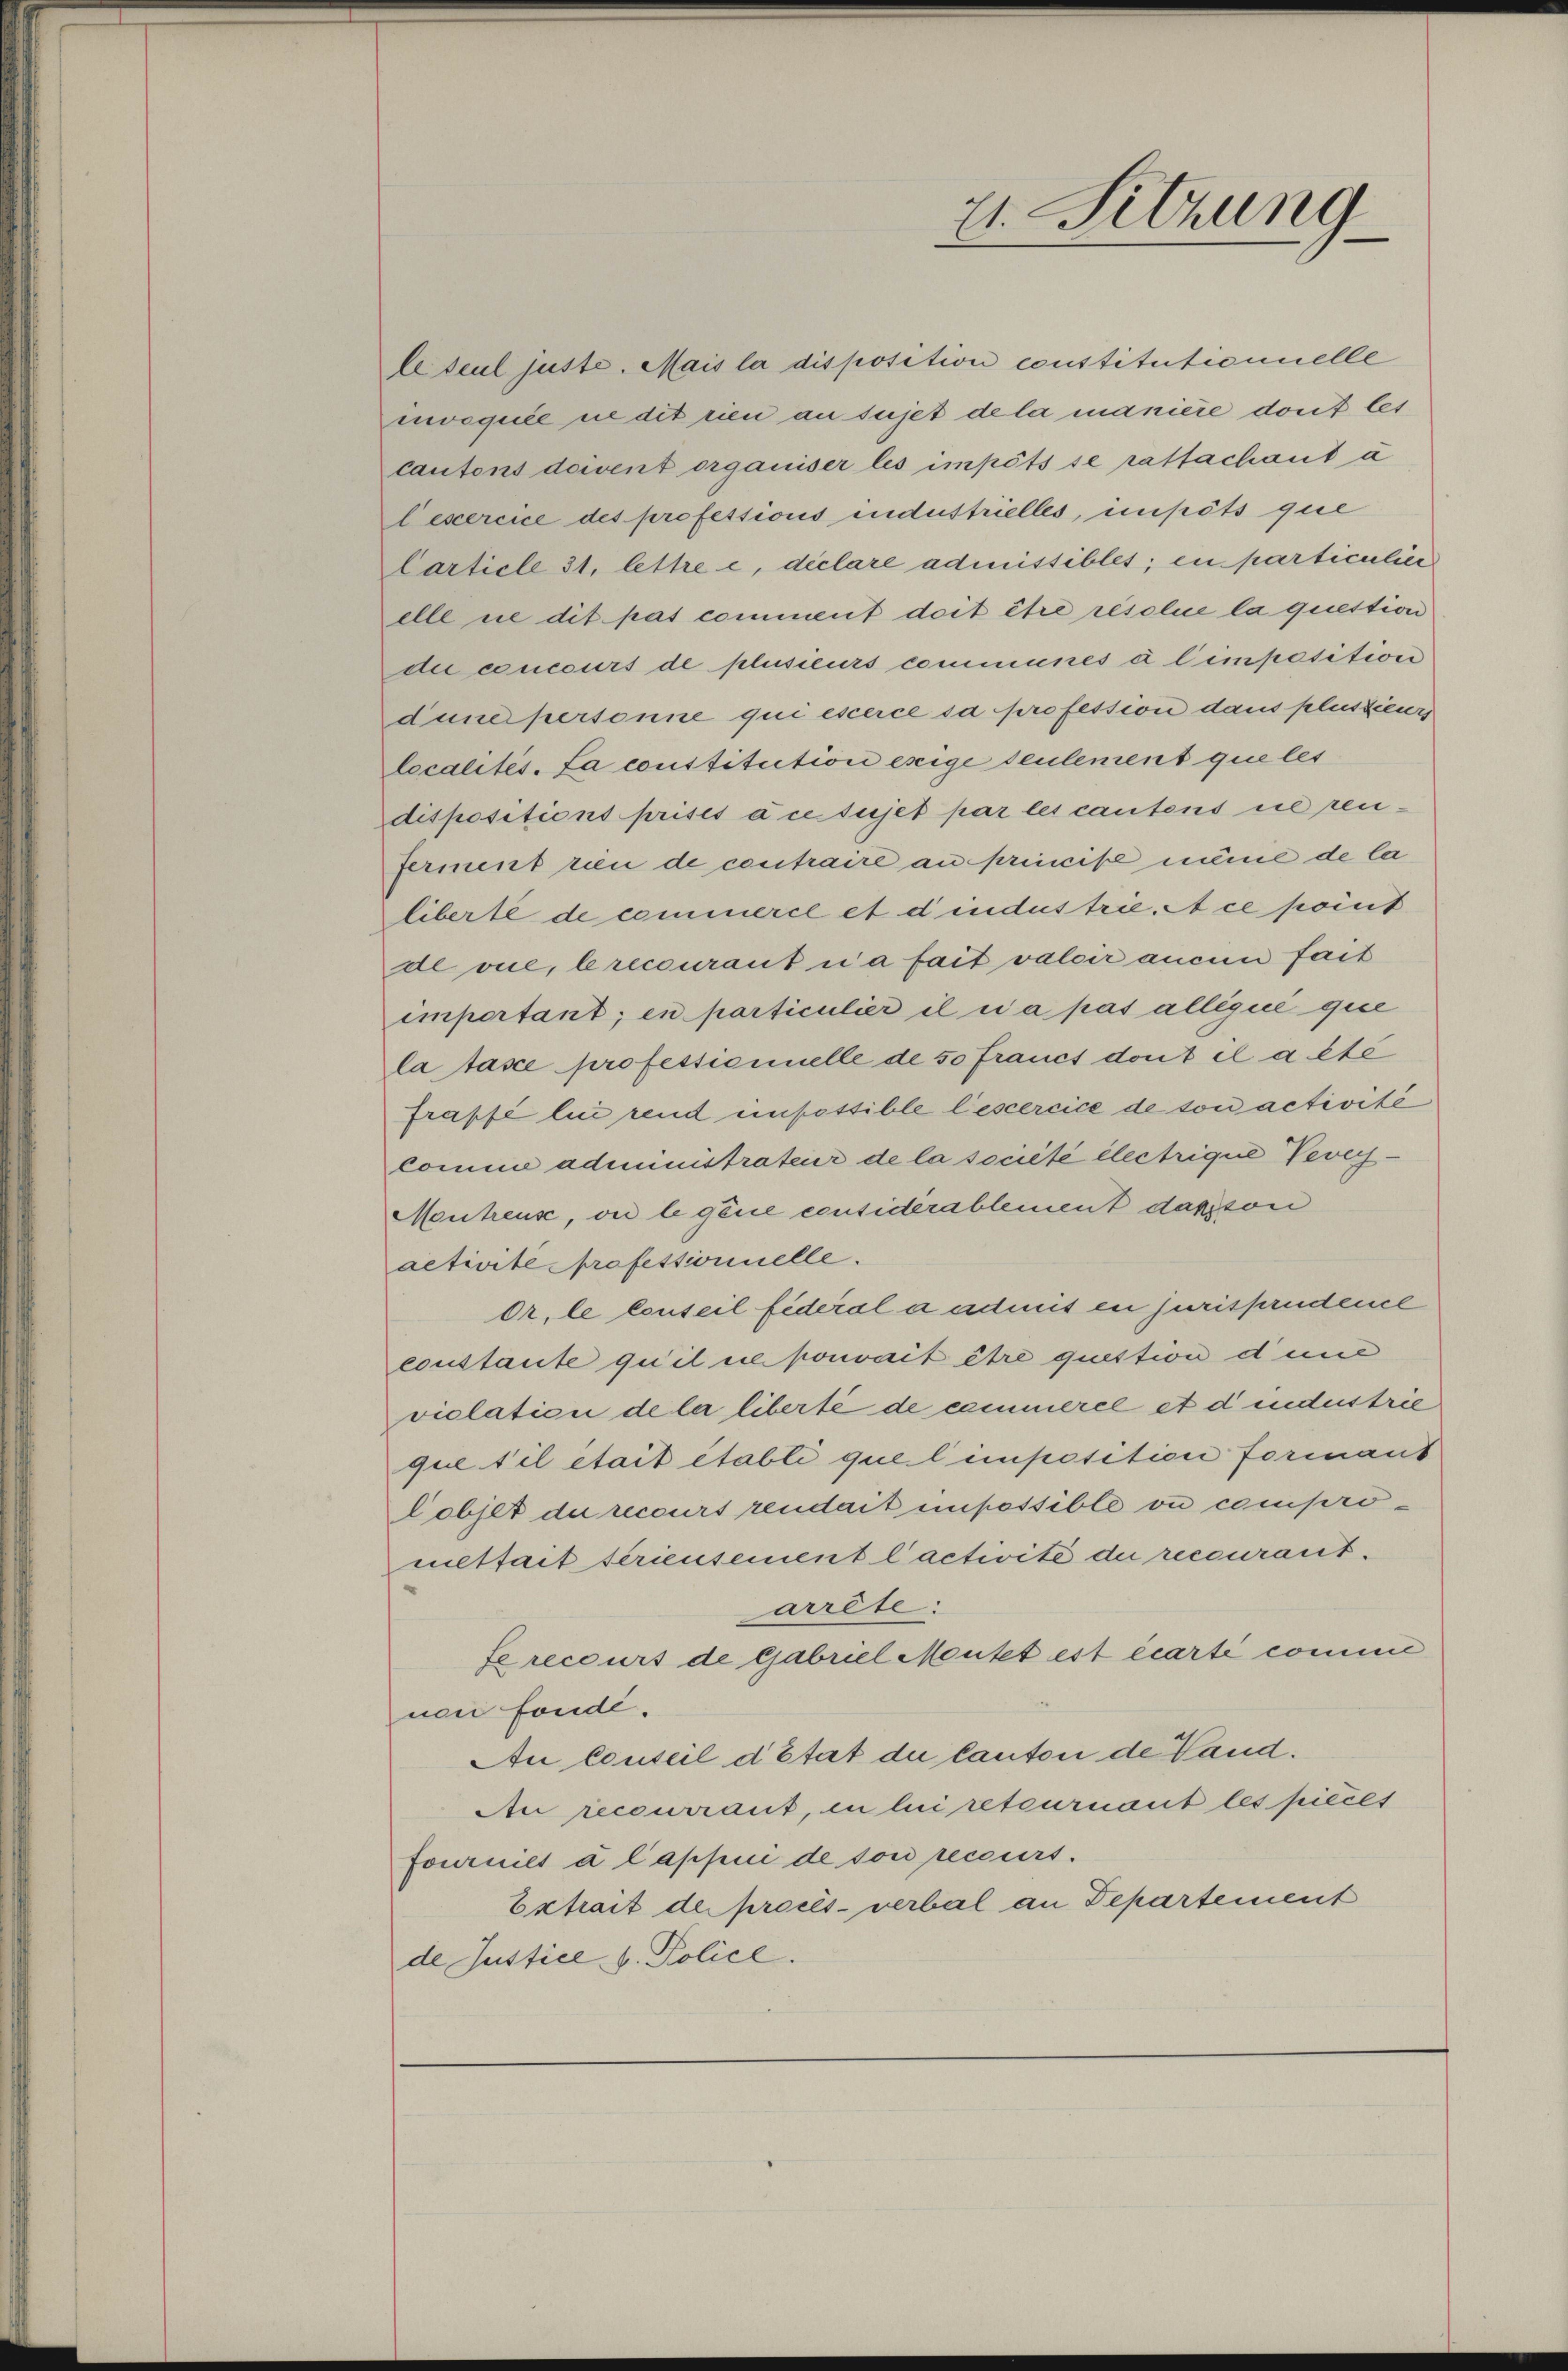
le seul juste. Mais la disposition constitutionnelle
mvoquée ne dit rien an sujet de la manière dont les
cantons doivent organiser les impots se rattachant à
l exercice des professions industrielles, impöts que
Carticle 31, lettre c, déclare admissibles; en particulier
elle ne dit pas comment doit être résolue la question
di concours de plusieurs communes à l’imposition
dune personne qui escerce sa profession dans plusieur
localités. La constitution esige seulement que les
dispositions prises à ce sujet par les cantens ne reuferment rien de contraire au principe même de la
liberte de commerce et d’industrie. A ce point
de vue, brecourant i a fait valoir aucun fait
important; en particulier il a pas allégué que
la taxe professionnelle de 50 Francs dont il alte
frapfé lui rend impossible liesercice de son activité
Comme administrateur de la société électrique Vevey¬
Mentreuse, vnd legene considerablement darvon
activite Professionnelle.
Or. le conseil fédéral a admis en jurisprudence
constante qu’il ne pouvait être question dunc
violation de la liberté de cammerel et d industrie
que s’il était établi quel imposition formans
lobjet de recours rendait impossible ou compromettait seriensement l’activité du recourantparrête:
fe recours de Gabriel Meutet est écarte comme
nen fonde.
Au Conseil d’Etat de Canton de Vaud.
Au recourraut, in lui retournant les piecet
fournies à lappui de son receurs.
Extrait der procès-verbal an Departement
de Justice v. Police.

21. Sitzung